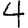
Digit: 4